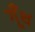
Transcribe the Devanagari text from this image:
गूॅंथ